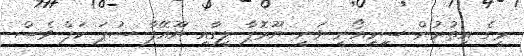
މީގެ އިތުރުން ސިިމިއޯނީ ވަނީ ޔޫރޮޕާ ލީގާއި ޔޫއޭފާ ސުޕަ ކަޕް ވެސް